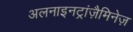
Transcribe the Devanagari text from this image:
अलनाइनट्रांज़ैमिनेज़